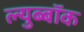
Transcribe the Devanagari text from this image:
ल्युब्बॉक